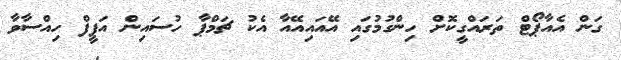
ގަން އެއާޕޯޓް ތަރައްގީކޮށް ހިންގުމުގައި އޭއައިއޭއާ އެކު ޗަމްޕާ ހުސައިން އަފީފް ހިއްސާވާ